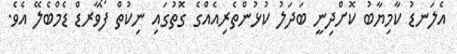
އެލަނޑު ކާމިޔާބު ކޮށްދިނީ ބަދަލު ކުޅުންތެރިއެއްގެ ގޮތުގައި ނިކުތް ފޯވާރޑް ޑެމްބެލޭ އެވެ.